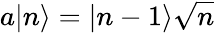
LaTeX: a|n\rangle=|n-1\rangle{\sqrt{n}}